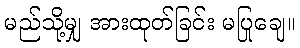
မည်သို့မျှ အားထုတ်ခြင်း မပြုချေ။